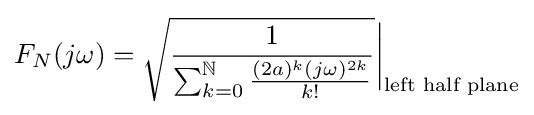
F_{N}(j\omega )={\sqrt {\frac {1}{\sum _{k=0}^{\mathbb {N} }{\frac {(2a)^{k}(j\omega )^{2k}}{k!}}}}}{\bigg |}_{\text{left half plane}}